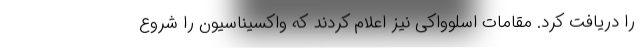
را دریافت کرد. مقامات اسلوواکی نیز اعلام کردند که واکسیناسیون را شروع